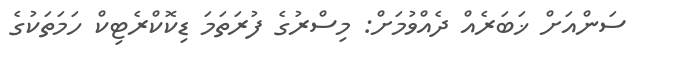
ސަންއަށް ޚަބަރެއް ދެއްވުމަށް: މިސްރުގެ ފުރަތަމަ ޑިކޮކްރެޓިކް ހަމަތަކުގެ